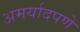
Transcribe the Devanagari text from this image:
अमर्यादपणे